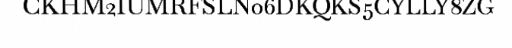
CKHM2IUMRFSLN06DKQKS5CYLLY8ZG